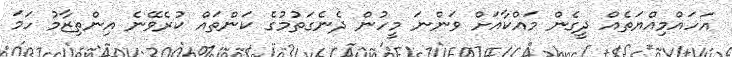
އަހައްމިއްޔަތެއް ދީގެން މައްކާއަށް ވަންނަ މީހުން ދެނެގަތުމުގެ ކަންތައް ކުރެވޭނެ އިންތިޒާމު ހަމަ